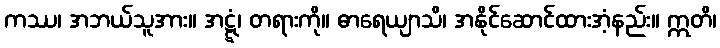
ကဿ၊ အဘယ်သူအား။ အဋ္ဋံ၊ တရားကို။ ဓာရေယျာသိ၊ အနိုင်ဆောင်ထားအံ့နည်း။ ဣတိ၊